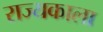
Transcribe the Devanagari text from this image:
राज्यकाला